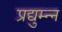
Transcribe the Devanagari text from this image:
प्रद्युम्न्न